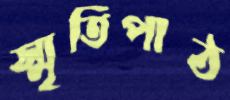
স্মৃতিপাঠ